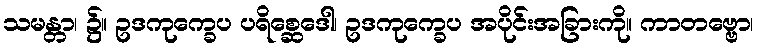
သမန္တာ၊ ၌။ ဥဒကုက္ခေပ ပရိစ္ဆေဒေါ၊ ဥဒကုက္ခေပ အပိုင်းအခြားကို။ ကာတဗ္ဗော၊